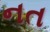
નત